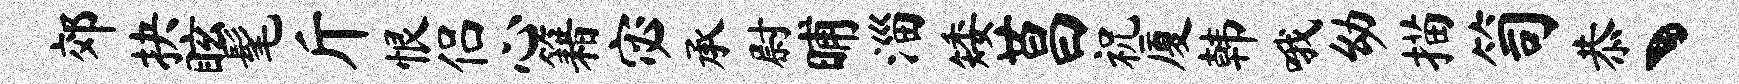
郊抉眩髦斤恨侣心籍宓承尉晡淄矮莒祝厦韩哦幼描笥恭丶